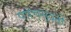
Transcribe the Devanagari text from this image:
पपंचसूदनी